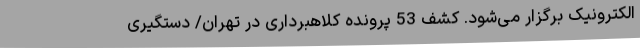
الکترونیک برگزار می‌شود. کشف 53 پرونده کلاهبرداری در تهران/ دستگیری